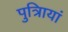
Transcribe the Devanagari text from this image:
पुत्रिायां